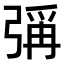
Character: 𪫁